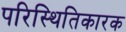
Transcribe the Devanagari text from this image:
परिस्थितिकारक